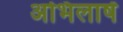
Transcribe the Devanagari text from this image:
अभिलाषें